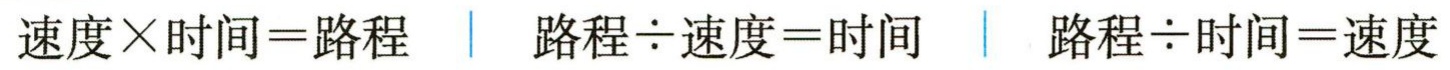
速度\times 时间=路程 \| 路程\div 速度=时间 \| 路程\div 时间=速度